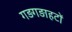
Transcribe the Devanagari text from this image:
गड़गड़ाहटों